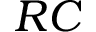
R C